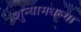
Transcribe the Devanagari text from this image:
शुन्यामधल्या